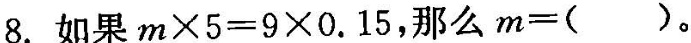
8.如果$$m \times 5 = 9 \times 0 . 1 5$$，那么$$m = ()$$。